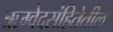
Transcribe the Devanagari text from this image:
ऋग्वेदसंहितेतील